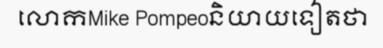
លោកMike Pompeoនិយាយទៀតថា